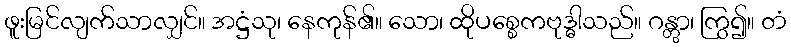
ဖူးမြင်လျက်သာလျှင်။ အဋ္ဌံသု၊ နေကုန်၏။ သော၊ ထိုပစ္စေကဗုဒ္ဓါသည်။ ဂန္တွာ၊ ကြွ၍။ တံ